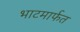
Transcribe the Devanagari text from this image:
भाटमार्फत